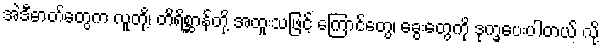
အဲဒီဓာတ်တွေက လူတို့၊ တိရိစ္ဆာန်တို့ အထူးသဖြင့် ကြောင်တွေ၊ ခွေးတွေကို ဒုက္ခပေးပါတယ် လို့